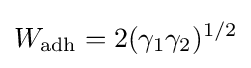
W_{\mathrm {adh} }=2(\gamma _{1}\gamma _{2})^{1/2}